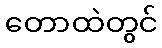
တောထဲတွင်